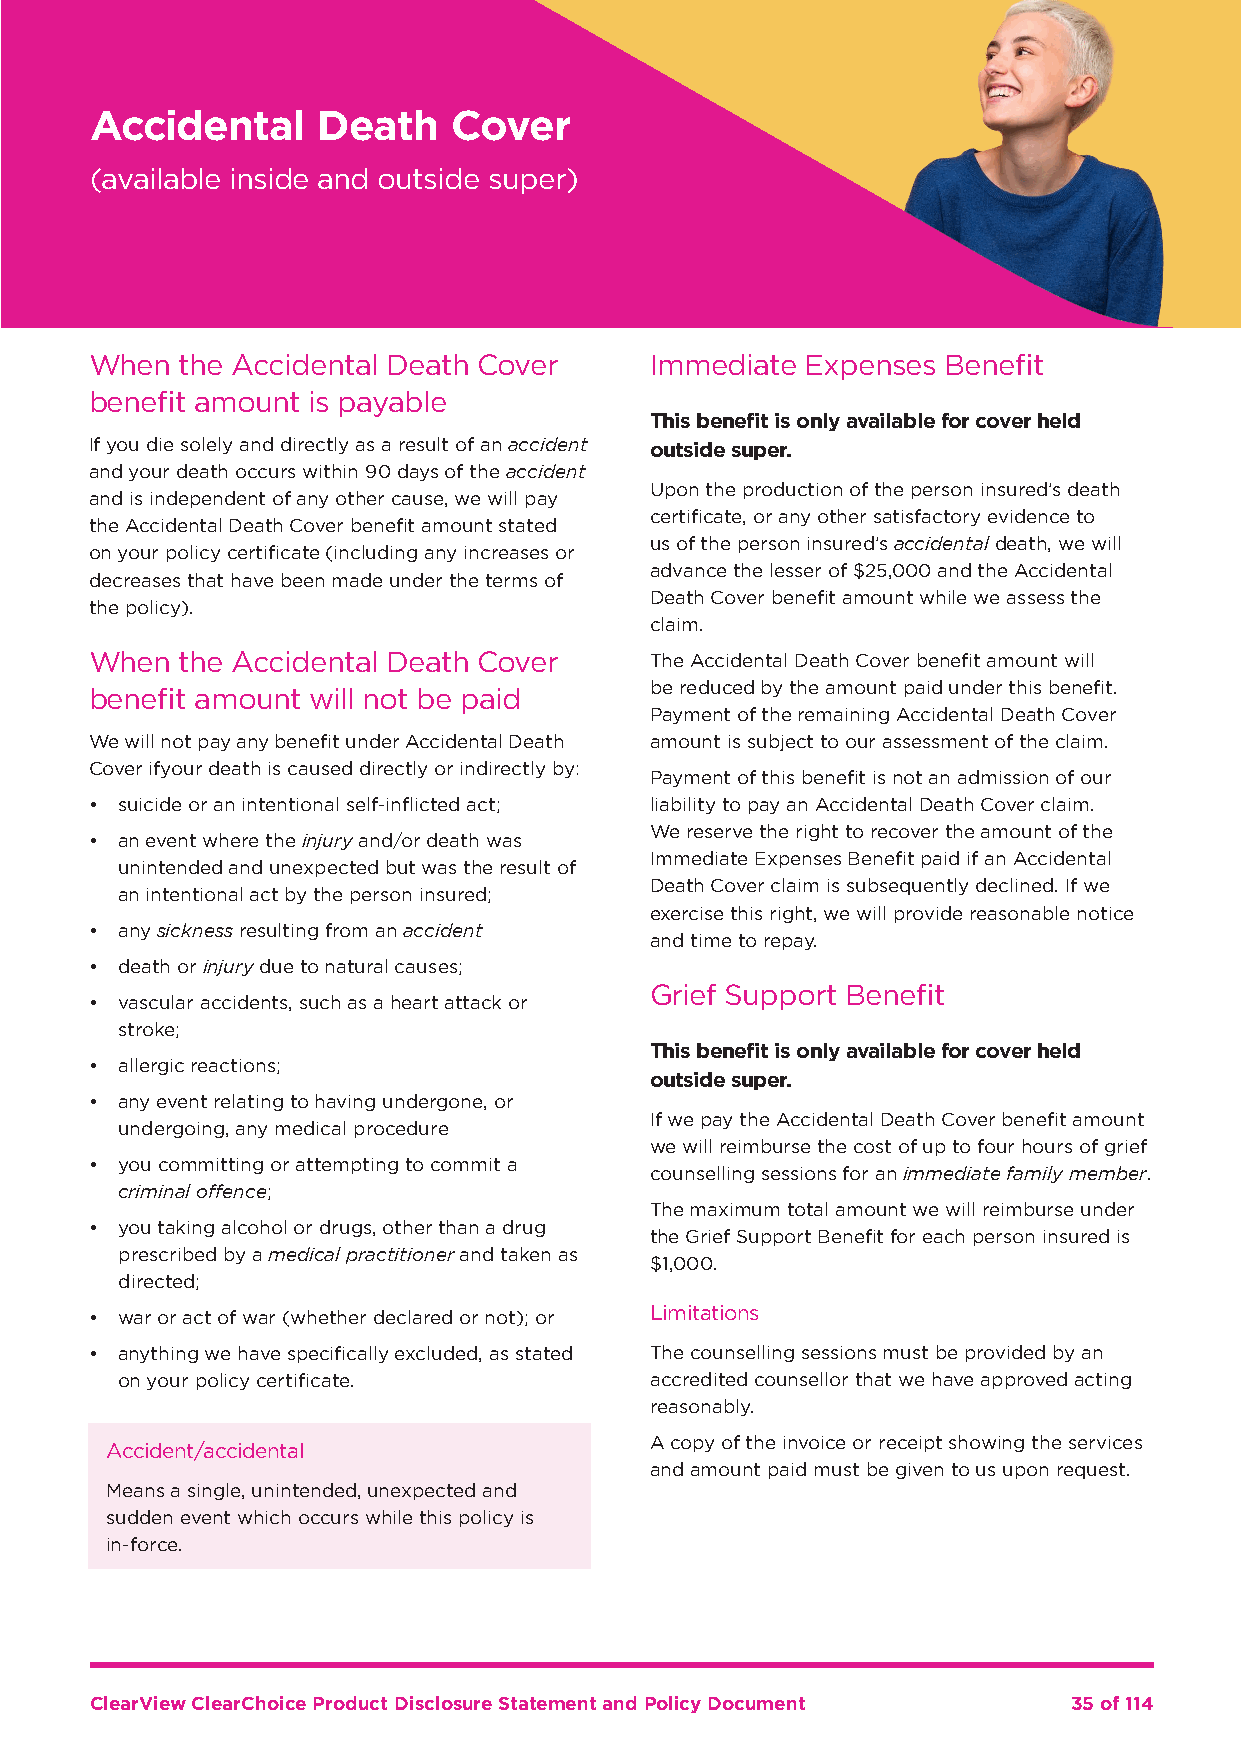
Accidental     Death    Cover
 (available inside and outside super)
 When  the Accidental Death Cover     Immediate Expenses  Benefit
 benefit amount is payable
 This benefit is only available for cover held
 If you die solely and directly as a result of an accident outside super.
 and your death occurs within 90 days of the accident
 Upon the production of the person insured’s death
 and is independent of any other cause, we will pay
 certificate, or any other satisfactory evidence to
 the Accidental Death Cover benefit amount stated
 us of the person insured’s accidental death, we will
 on your policy certificate (including any increases or
 advance the lesser of $25,000 and the Accidental
 decreases that have been made under the terms of
 Death Cover benefit amount while we assess the
 the policy).
 claim.
 When  the Accidental Death Cover     The Accidental Death Cover benefit amount will
 be reduced by the amount paid under this benefit.
 benefit amount will not be paid
 Payment of the remaining Accidental Death Cover
 We will not pay any benefit under Accidental Death amount is subject to our assessment of the claim.
 Cover if your death is caused directly or indirectly by:
 Payment of this benefit is not an admission of our
 • suicide or an intentional self-inflicted act; liability to pay an Accidental Death Cover claim.
 We reserve the right to recover the amount of the
 • an event where the injury and/or death was
 Immediate Expenses Benefit paid if an Accidental
 unintended and unexpected but was the result of
 Death Cover claim is subsequently declined. If we
 an intentional act by the person insured;
 exercise this right, we will provide reasonable notice
 • any sickness resulting from an accident
 and time to repay.
 • death or injury due to natural causes;
 Grief Support Benefit
 • vascular accidents, such as a heart attack or
 stroke;
 This benefit is only available for cover held
 • allergic reactions;
 outside super.
 • any event relating to having undergone, or
 If we pay the Accidental Death Cover benefit amount
 undergoing, any medical procedure
 we will reimburse the cost of up to four hours of grief
 • you committing or attempting to commit a
 counselling sessions for an immediate family member.
 criminal offence;
 The maximum total amount we will reimburse under
 • you taking alcohol or drugs, other than a drug
 the Grief Support Benefit for each person insured is
 prescribed by a medical practitioner and taken as
 $1,000.
 directed;
 • war or act of war (whether declared or not); or Limitations
 • anything we have specifically excluded, as stated The counselling sessions must be provided by an
 on your policy certificate.        accredited counsellor that we have approved acting
 reasonably.
 A copy of the invoice or receipt showing the services
 Accident/accidental
 and amount paid must be given to us upon request.
 Means a single, unintended, unexpected and
 sudden event which occurs while this policy is
 in-force.
 ClearView ClearChoice Product Disclosure Statement and Policy Document 35 of 114